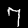
Label: 7